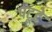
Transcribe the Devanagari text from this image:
पटूटे